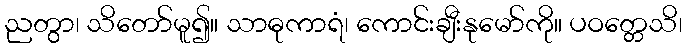
ညတွာ၊ သိတော်မူ၍။ သာဓုကာရံ၊ ကောင်းချီးနုမော်ကို။ ပဝတ္တေသိ၊